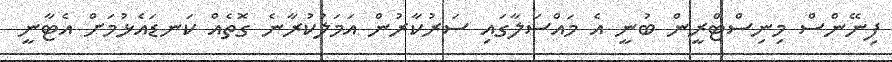
ފިނޭންސް މިނިސްޓްރީން ބުނީ އެ މައްސަލާގައި ސަރުކާރުން އަމަލުކުރާނެ ގޮތެއް ކަނޑައެޅުމަށް އެޓާނީ